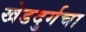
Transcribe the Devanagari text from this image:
खेडदुर्गचा